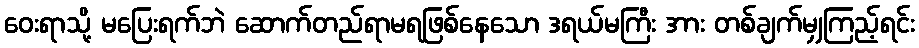
ဝေးရာသို့ မပြေးရက်ဘဲ ဆောက်တည်ရာမရဖြစ်နေသော ဒရယ်မကြီး အား တစ်ချက်မျှကြည့်ရင်း